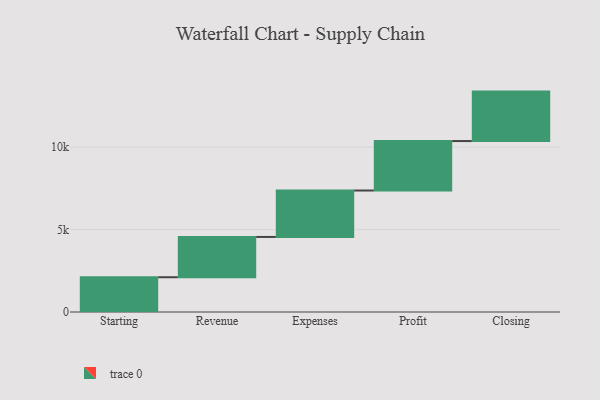
{"axis": {"x": "Step", "y": "Value"}, "legend": [""], "data": [{"x": "Starting", "y": 2109.0, "type": ""}, {"x": "Revenue", "y": 2443.0, "type": ""}, {"x": "Expenses", "y": 2816.0, "type": ""}, {"x": "Profit", "y": 3000, "type": ""}, {"x": "Closing", "y": 3000, "type": ""}]}